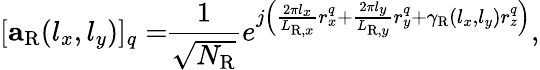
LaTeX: [\mathbf{a}_{\mathrm{R}}(l_{x},l_{y})]_{q}=\! \! \frac{1}{\sqrt{N_{\mathrm{R}}}}e^{j\left(\frac{2\pi l_{x}}{L_{\mathrm{R},x}}r_{x}^{q}+\frac{2\pi l_{y}}{L_{\mathrm{R},y}}r_{y}^{q}+\gamma_{\mathrm{R}}(l_{x},l_{y})r_{z}^{q}\right)},